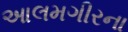
આલમગીરના